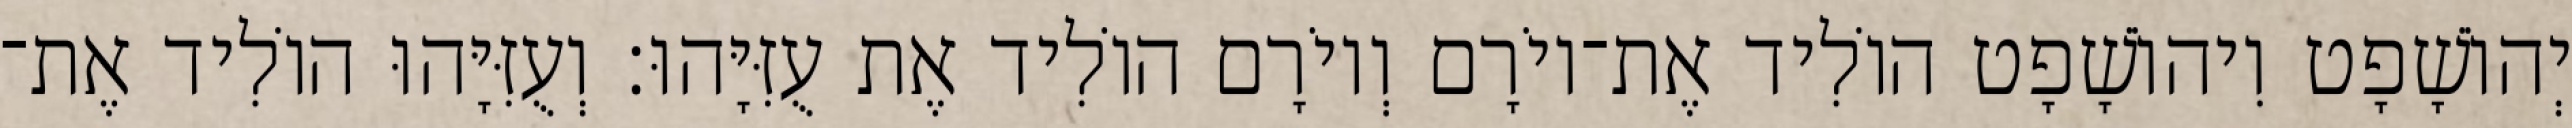
יְהוֹשָׁפָט וִיהוֹשָׁפָט הוֹלִיד אֶת־יוֹרָם וְיוֹרָם הוֹלִיד אֶת עֻזִּיָּהוּ׃ וְעֻזִּיָּהוּ הוֹלִיד אֶת־